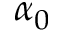
\alpha _ { 0 }